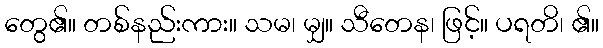
တွေ၏။ တစ်နည်းကား။ သမ၊ မျှ။ သီတေန၊ ဖြင့်။ ပရတိ၊ ၏။